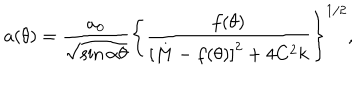
LaTeX: a ( \theta ) = \frac { a _ { 0 } } { \sqrt { \sin \alpha \theta } } \left\{ \frac { f ( \theta ) } { \left[ M - f ( \theta ) \right] ^ { 2 } + 4 C ^ { 2 } k } \right\} ^ { 1 / 2 } ,